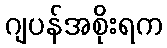
ဂျပန်အစိုးရက